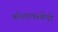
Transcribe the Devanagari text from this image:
कोशावस्थेची